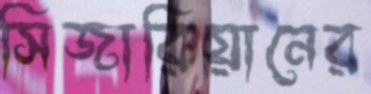
সিজারিয়ানের